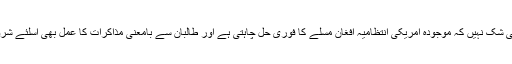
اس میں کوئی شک نہیں کہ موجودہ امریکی انتظامیہ افغان مسلے کا فوری حل چاہتی ہے اور طالبان سے بامعنی مذاکرات کا عمل بھی اسلئے شروع کیا ہے ۔